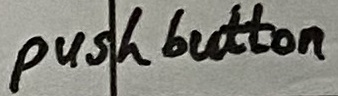
Text: push button